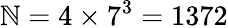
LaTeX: \mathbb{N}=4\times7^{3}=1372